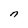
Character: n